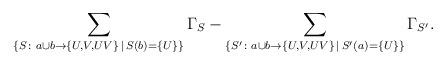
LaTeX: \begin{align*} \sum_{\{S\colon a\cup b \to \{U,V,UV\}\,|\, S(b) = \{U\}\}} \Gamma_S - \sum_{\{S'\colon a\cup b \to \{U,V,UV\}\,|\, S'(a) = \{U\}\}} \Gamma_{S'}.\end{align*}